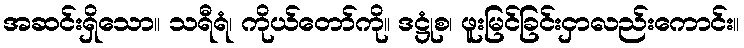
အဆင်းရှိသော။ သရီရံ၊ ကိုယ်တော်ကို။ ဒဋ္ဌုံစ၊ ဖူးမြင်ခြင်းငှာလည်းကောင်း။